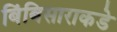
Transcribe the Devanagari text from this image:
बिंबिसाराकडे